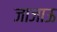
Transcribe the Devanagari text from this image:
जाजाऊ